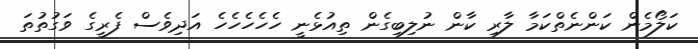
ކަލޯމެން ކަންނެތްކަމާ ލާރި ކާން ނުލިބިގެން ތިއުޅެނީ ހެހެހެހެެހެ އަދިވެސް ފެރީގެ ވަގުތުތަ